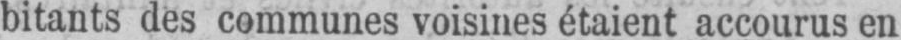
bitants des communes voisines étaient accourus en